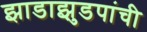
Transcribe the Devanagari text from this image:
झाडाझुडपांची